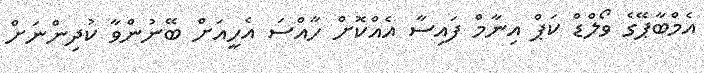
އެމްބާޕޭގެ ވޯލްޑް ކަޕް އިނާމް ފައިސާ އެއްކޮށް ހާއްސަ އެހީއަށް ބޭނުންވާ ކުދިންނަށް